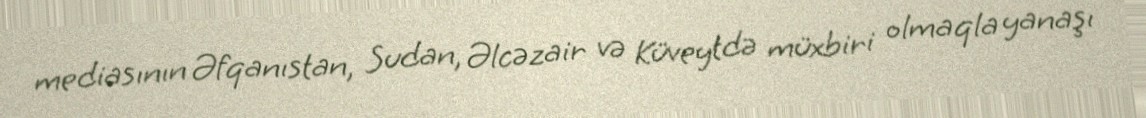
mediasının Əfqanıstan, Sudan, Əlcəzair və Küveytdə müxbiri olmaqla yanaşı